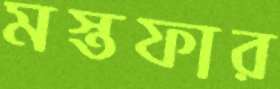
মস্তফার